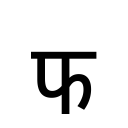
OCR:
फ